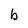
Character: b